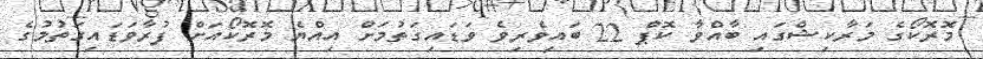
މޮރޮކޯގެ މަރާކިޝްގައި ބާއްވާ ކޮޕް 22 ބައިވެރިވެ ވަޑައިގަތުމަށް އިއްޔެ މޮރޮކޯއަށް ފުރާވަޑައިގަތުމުގެ